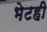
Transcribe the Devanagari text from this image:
भेटही